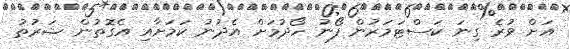
އަށް ވުރެ ގިނަ ކަސްޓަމަރުން ފޯނު ހޯދުމަށް އެދުނު ކަމަށާއި އެގޮތުން ޝަރުތު